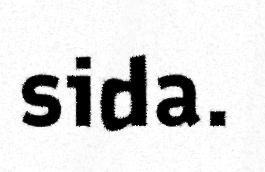
sida.